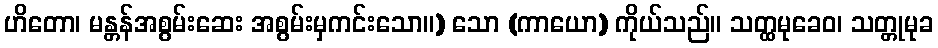
ဟိတော၊ မန္တန်အစွမ်းဆေး အစွမ်းမှကင်းသော။) သော (ကာယော) ကိုယ်သည်။ သတ္ထမုခေဝ၊ သတ္တုမုခ